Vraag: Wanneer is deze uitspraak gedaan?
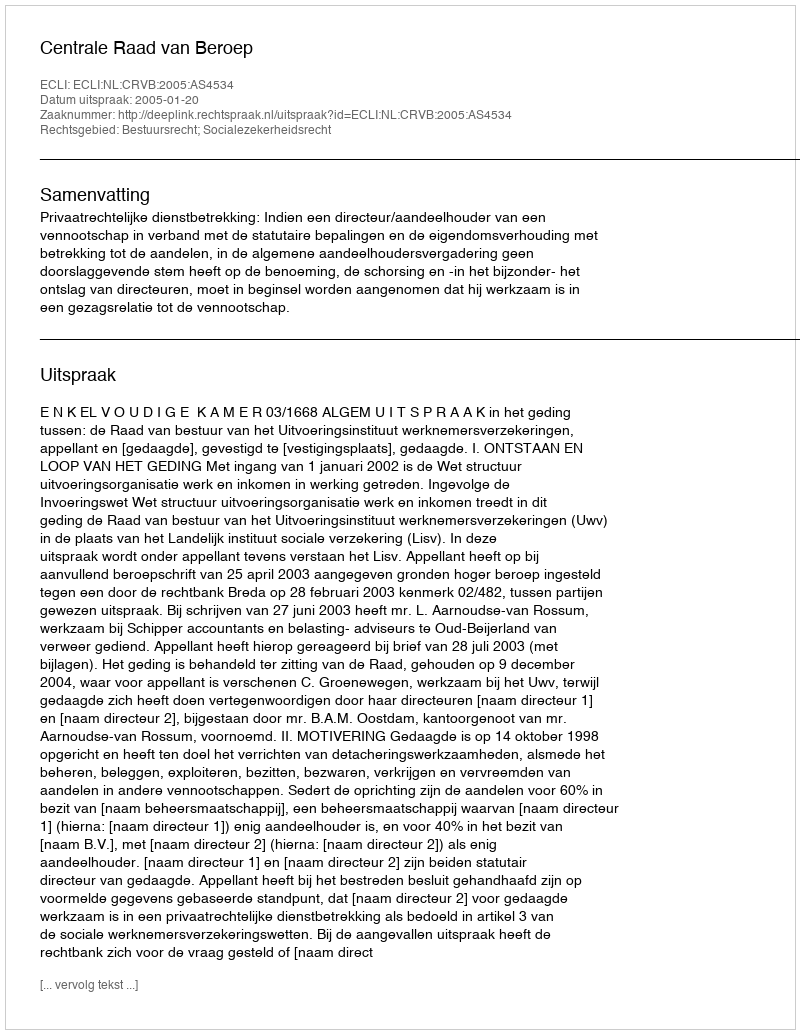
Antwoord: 2005-01-20